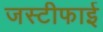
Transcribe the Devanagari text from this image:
जस्टीफाई